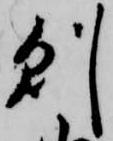
則